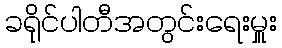
ခရိုင်ပါတီအတွင်းရေးမှူး